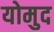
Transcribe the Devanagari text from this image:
योमुद